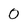
Character: 0